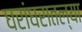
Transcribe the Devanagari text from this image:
घरांघरातल्या